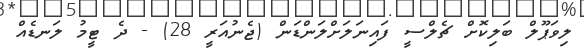
ލިވަޕޫލް ބަލިކޮށް ޗެލްސީ ފައިނަލަށްލަންޑަން (ޖެނުއަރީ 28) - ދެ ޓީމު ލަނޑެއް